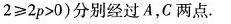
- /A x2≥2p>0)分别经过A，C两点。